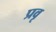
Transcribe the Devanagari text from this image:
प्रवृ